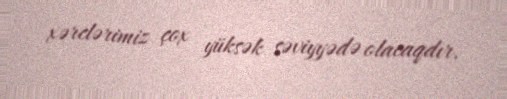
xərclərimiz çox yüksək səviyyədə olacaqdır.